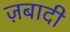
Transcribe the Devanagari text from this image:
ज़बादी